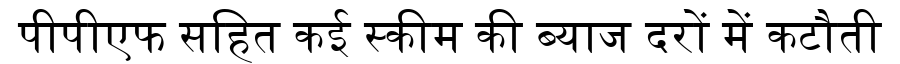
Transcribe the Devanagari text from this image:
पीपीएफ सहित कई स्कीम की ब्याज दरों में कटौती